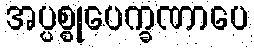
အပ္ပစ္စုပေက္ခဏာပေ